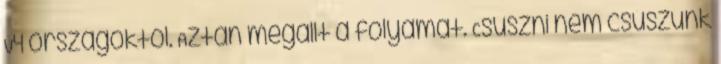
V4 országoktól. Aztán megállt a folyamat. Csúszni nem csúszunk